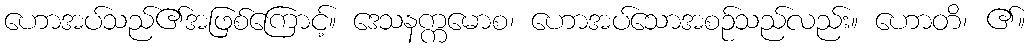
ဟောအပ်သည်၏အဖြစ်ကြောင့်။ ဒေသနက္ကမောစ၊ ဟောအပ်သောအစဉ်သည်လည်း။ ဟောတိ၊ ၏။